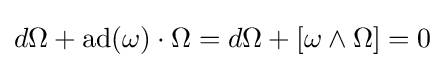
d\Omega +\operatorname {ad} (\omega )\cdot \Omega =d\Omega +[\omega \wedge \Omega ]=0